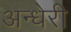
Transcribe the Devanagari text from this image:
अन्धेरी